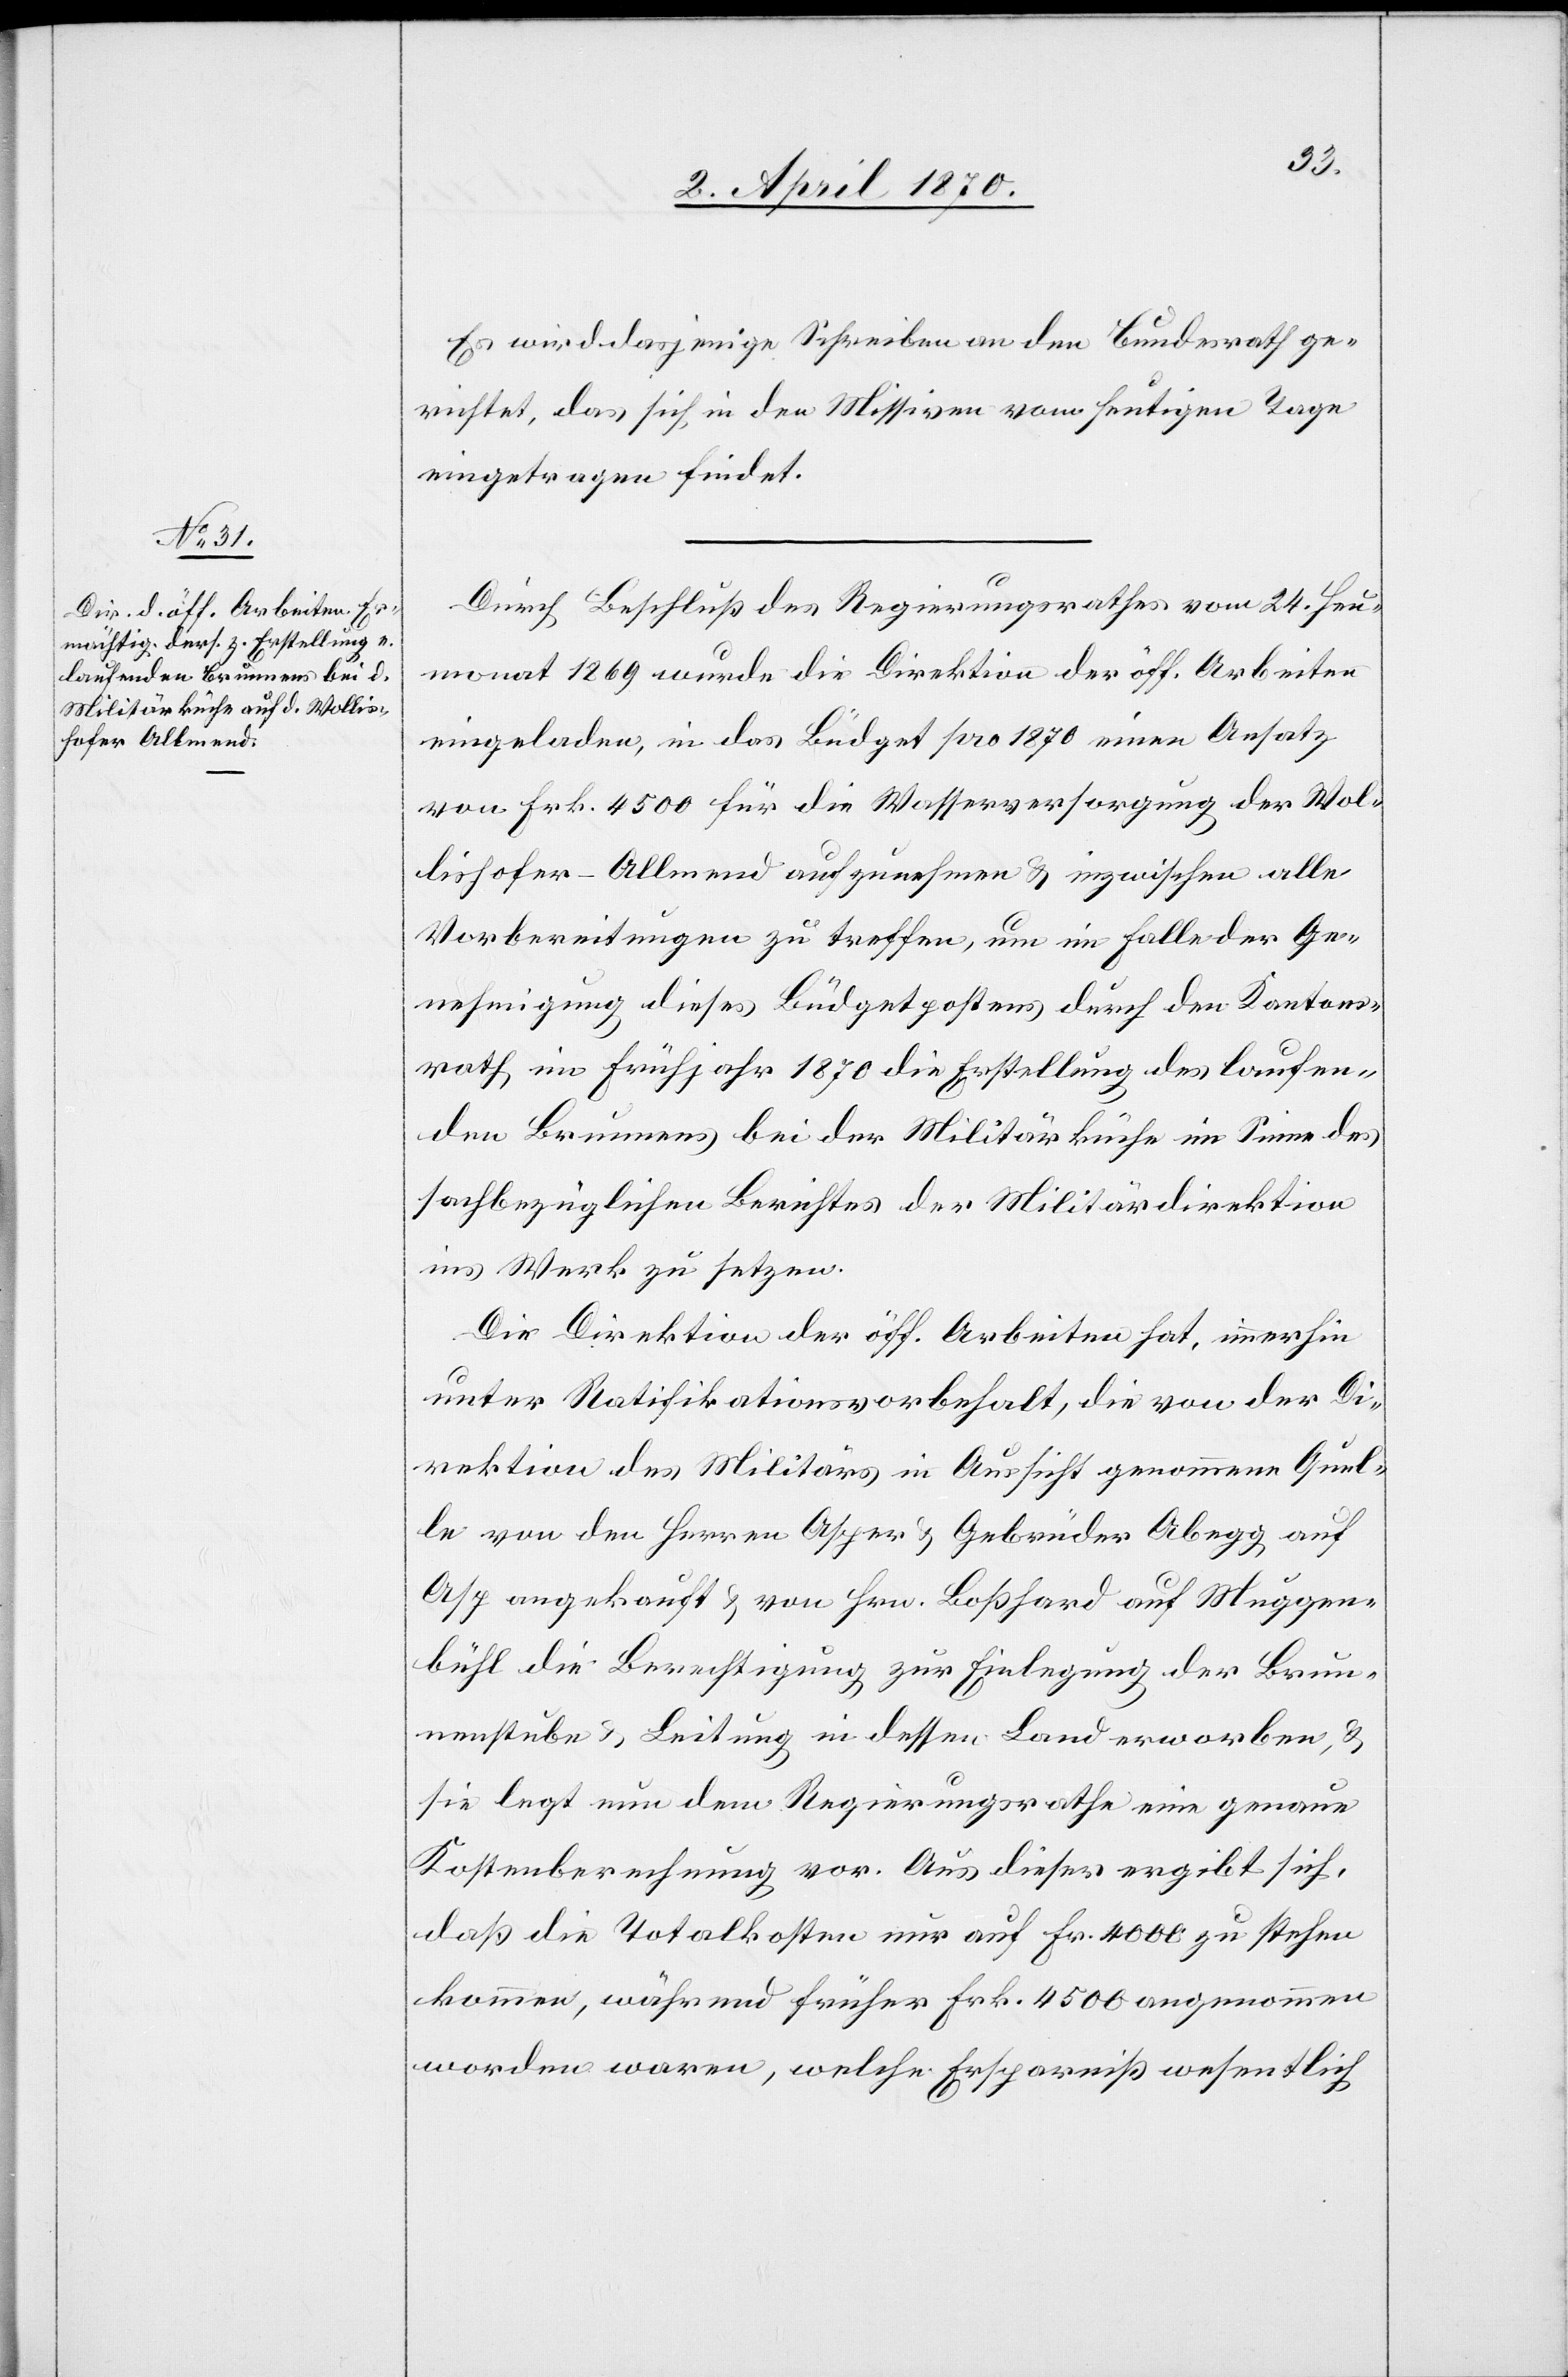
Es wird dasjenige Schreiben an den Bundesrath ge¬
richtet, das sich in den Missiven vom heutigen Tage
eingetragen findet.
Durch Beschluß des Regierungsrathes vom 24. Heu¬
monat 1869 wurde die Direktion der öff. Arbeiten
eingeladen, in das Büdget pro 1870 einen Ansatz
von Frk. 4500 für die Wasserversorgung der Wol¬
lishofer-Allmend aufzunehmen & inzwischen alle
Vorbereitungen zu treffen, um im Falle der Ge¬
nehmigung dieses Büdgetpostens durch den Kantons¬
rath im Frühjahr 1870 die Erstellung des laufen¬
den Brunnens bei der Militärküche im Sinne des
sachbezüglichen Berichtes der Militärdirektion
ins Werk zu setzen.
Die Direktion der öff. Arbeiten hat, immerhin
unter Ratifikationsvorbehalt, die von der Di¬
rektion des Militärs in Aussicht genommene Quel¬
le von den Herren Asper & Gebrüder Abegg auf
Asp angekauft & von Hrn. Boßhard auf Muggen¬
bühl die Berechtigung zur Einlegung der Brun¬
nenstube & Leitung in dessen Land erworben, &
sie legt nun dem Regierungsrathe eine genaue
Kostenberechnung vor. Aus dieser ergibt sich,
daß die Totalkosten nur auf Fr. 4000 zu stehen
kommen, während früher Frk. 4500 angenommen
worden waren, welche Ersparniß wesentlich